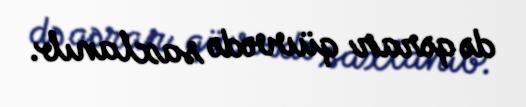
də qərar qüvvədə saxlanıb.